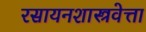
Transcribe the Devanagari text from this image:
रसायनशास्त्रवेत्ता